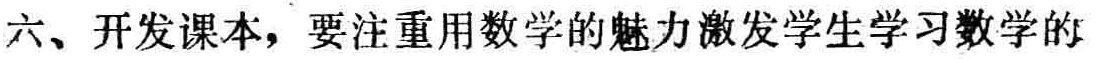
六、开发课本，要注重用数学的魅力激发学生学习数学的